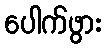
ပေါက်ဖွား